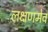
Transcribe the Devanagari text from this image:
लक्षणमेव